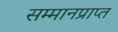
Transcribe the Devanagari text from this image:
सम्मानप्राप्त